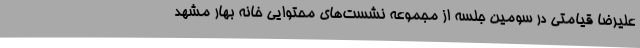
علیرضا قیامتی در سومین جلسه از مجموعه نشست‌های محتوایی خانه بهار مشهد